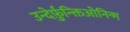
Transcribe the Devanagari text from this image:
उन्देर्फ़ुन्क्तिओनिन्ग